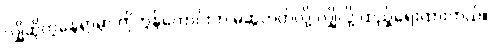
လျှိုဆိုတဲ့နေရာမှာ ကိုဘွန်ဟောင်းက မဆွဲတတ်လို့ လျှိုလို့ ထည့်ရေးထားတယ်။